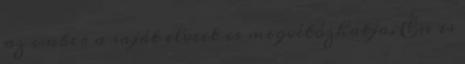
az ember a saját elveit is megvétózhatja. Én is